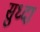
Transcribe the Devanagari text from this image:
सुध्‍दा